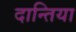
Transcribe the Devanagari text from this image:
दान्तिया